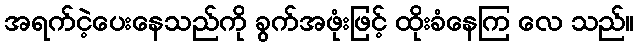
အရက်ငဲ့ပေးနေသည်ကို ခွက်အဖုံးဖြင့် ထိုးခံနေကြ လေ သည်။